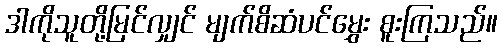
ဒါကိုသူတို့မြင်လျှင် မျက်စိဆံပင်မွှေး စူးကြသည်။